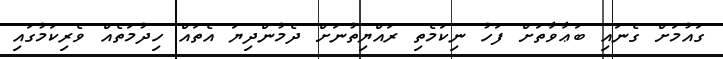
ގައުމަށް ގެނައި ބަޢާވާތަށް ފަހު ނިކަމެތި ރައްޔިތުނަށް ދެމުންދިޔަ އެތައް ހިދުމަތެއް ވެރިކަމުގައި